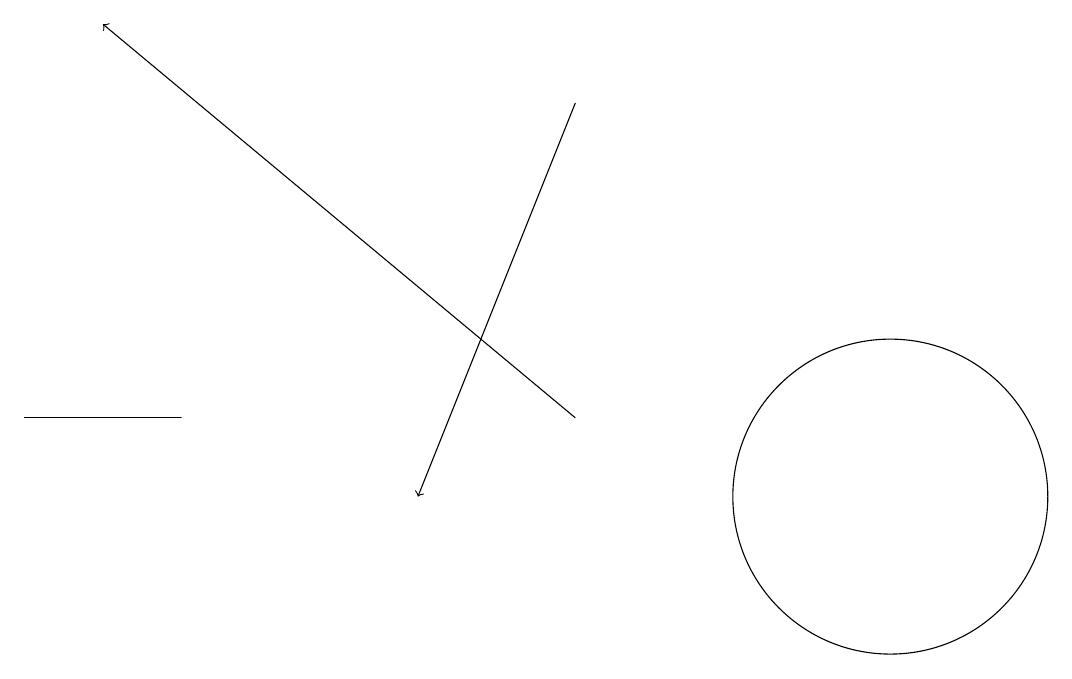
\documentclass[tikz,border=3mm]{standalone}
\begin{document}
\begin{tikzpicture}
\draw (2,11) rectangle (0,11);
\draw[->] (7,11) -- (1,16);
\draw[->] (7,15) -- (5,10);
\draw (11,10) circle (2);
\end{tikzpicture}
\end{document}